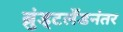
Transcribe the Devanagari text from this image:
ब्रुंड्टलँडनंतर